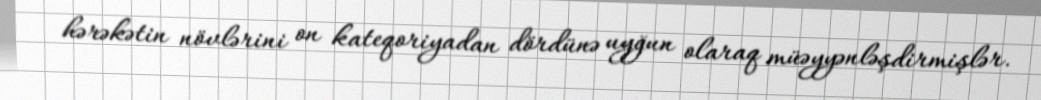
hərəkətin növlərini on kateqoriyadan dördünə uyğun olaraq müəyyənləşdirmişlər.